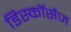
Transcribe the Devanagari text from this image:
डिस्कॉर्सेज